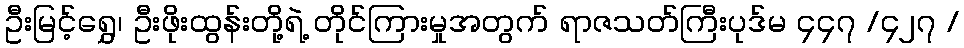
ဦးမြင့်ရွှေ၊ ဦးဖိုးထွန်းတို့ရဲ့ တိုင်ကြားမှုအတွက် ရာဇသတ်ကြီးပုဒ်မ ၄၄၇ /၄၂၇ /